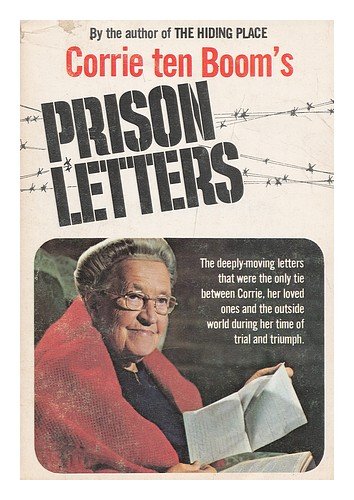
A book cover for Corrie ten Boom's Prison Letters; Corrie ten Boom; History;